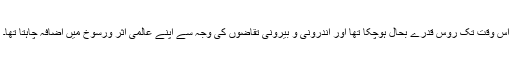
اس وقت تک روس قدرے بحال ہوچکا تھا اور اندرونی و بیرونی تقاضوں کی وجہ سے اپنے عالمی اثر ورسوخ میں اضافہ چاہتا تھا۔